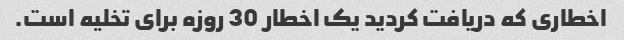
اخطاری که دریافت کردید یک اخطار 30 روزه برای تخلیه است.